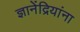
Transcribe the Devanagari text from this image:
ज्ञानेंद्रियांना